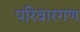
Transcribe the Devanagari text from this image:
परिवारगण